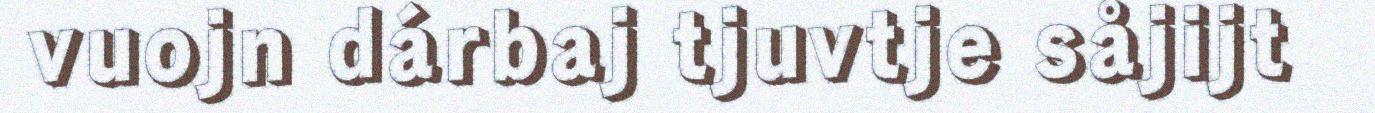
vuojn dárbaj tjuvtje såjijt